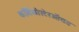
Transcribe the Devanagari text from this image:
कॉर्टिकोस्टेरऑयड